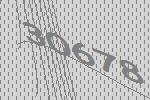
30678